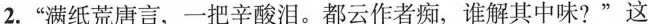
2.”满纸荒唐言，一把辛酸泪。都云作者痴，谁解其中味?”这